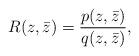
LaTeX: \begin{align*}R(z,\bar{z})=\frac{p(z,\bar{z})}{q(z,\bar{z})},\end{align*}